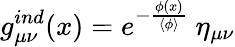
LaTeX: g_{\mu\nu}^{ind}(x)=e^{-\frac{\phi(x)}{\langle\phi\rangle}}~\eta_{\mu\nu}